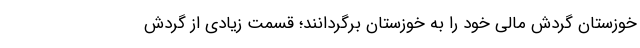
خوزستان گردش مالی خود را به خوزستان برگردانند؛ قسمت زیادی از گردش